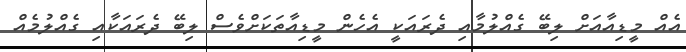
އެއް މީޑިއާއަށް ލިބޭ ގެއްލުމާއި ދެރައަކީ އެހެން މީޑިއާތަކަށްވެސް ލިބޭ ދެރައަކާއި ގެއްލުމެއް